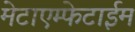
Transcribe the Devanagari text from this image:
मेटाएम्फेटाईम